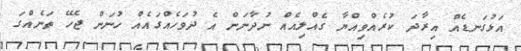
އަޅުގަނޑެއް އިރާދަ ކުރެއްވިއްޔާ ގެއްލިއެއް ނުދާނަން އެ ދުވަހެއްގައެއް ހުނަން ޖެހޭ ތަނެއްގަ